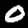
Digit: 0